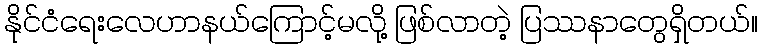
နိုင်ငံရေးလေဟာနယ်ကြောင့်မလို့ ဖြစ်လာတဲ့ ပြဿနာတွေရှိတယ်။